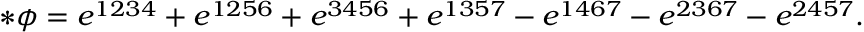
* \phi = e ^ { 1 2 3 4 } + e ^ { 1 2 5 6 } + e ^ { 3 4 5 6 } + e ^ { 1 3 5 7 } - e ^ { 1 4 6 7 } - e ^ { 2 3 6 7 } - e ^ { 2 4 5 7 } .